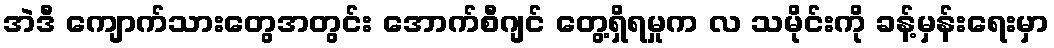
အဲဒီ ကျောက်သားတွေအတွင်း အောက်စီဂျင် တွေ့ရှိရမှုက လ သမိုင်းကို ခန့်မှန်းရေးမှာ